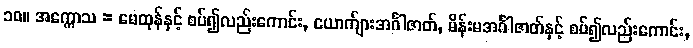
၁၀။ အက္ကောသ = မေထုန်နှင့် စပ်၍လည်းကောင်း, ယောက်ျားအင်္ဂါဇာတ်, မိန်းမအင်္ဂါဇာတ်နှင့် စပ်၍လည်းကောင်း,